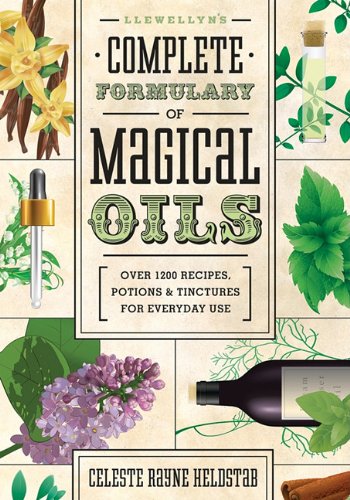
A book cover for Llewellyn's Complete Formulary of Magical Oils: Over 1200 Recipes, Potions & Tinctures for Everyday Use (Llewellyn's Complete Book Series); Celeste Rayne Heldstab; Religion & Spirituality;